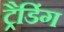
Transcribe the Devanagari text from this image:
ट्रैडिंग